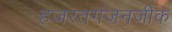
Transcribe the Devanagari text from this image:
हजरतगंजनजीक